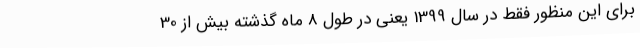
برای این منظور فقط در سال 1399 یعنی در طول 8 ماه گذشته بیش از 30